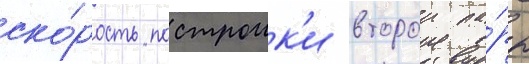
ско́рость построик'и второи па́ры